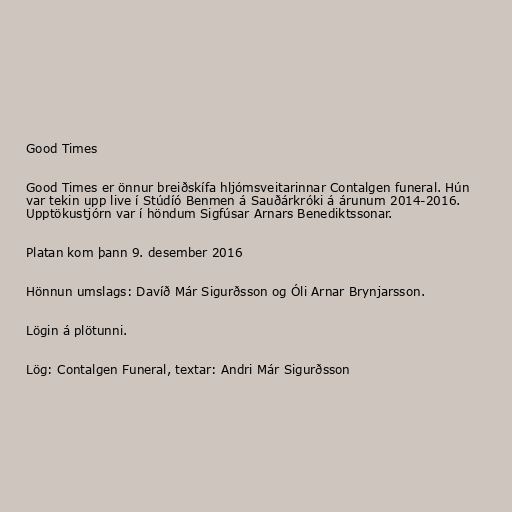
Good Times

Good Times er önnur breiðskífa hljómsveitarinnar Contalgen funeral. Hún
var tekin upp live í Stúdíó Benmen á Sauðárkróki á árunum 2014-2016.
Upptökustjórn var í höndum Sigfúsar Arnars Benediktssonar.

Platan kom þann 9. desember 2016

Hönnun umslags: Davíð Már Sigurðsson og Óli Arnar Brynjarsson.

Lögin á plötunni.

Lög: Contalgen Funeral, textar: Andri Már Sigurðsson